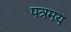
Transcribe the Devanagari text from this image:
पत्रमय